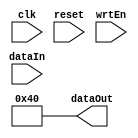
module Register(clk, reset, wrtEn, dataIn, dataOut);
	parameter BIT_WIDTH = 32;
	parameter RESET_VALUE = 0;
	
	input clk, reset, wrtEn;
	input[BIT_WIDTH - 1: 0] dataIn;
	output[BIT_WIDTH - 1: 0] dataOut = 32'h40;
	reg[BIT_WIDTH - 1: 0] dataOut;
	
	always @(posedge clk) begin
		if (reset == 1'b1)
			dataOut <= RESET_VALUE;
		else if (wrtEn == 1'b1)
			dataOut <= dataIn;
	end
	
endmodule